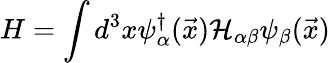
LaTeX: H=\int d^{3}x\psi_{\alpha}^{\dagger}(\vec{x}){\cal H}_{\alpha\beta}\psi_{\beta}(\vec{x})